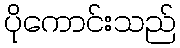
ပိုကောင်းသည်